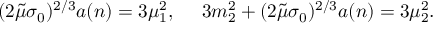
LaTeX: ( 2 \tilde { \mu } \sigma _ { 0 } ) ^ { 2 / 3 } a ( n ) = 3 \mu _ { 1 } ^ { 2 } , ~ ~ ~ ~ 3 m _ { 2 } ^ { 2 } + ( 2 \tilde { \mu } \sigma _ { 0 } ) ^ { 2 / 3 } a ( n ) = 3 \mu _ { 2 } ^ { 2 } .